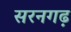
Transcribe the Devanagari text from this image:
सरनगढ़